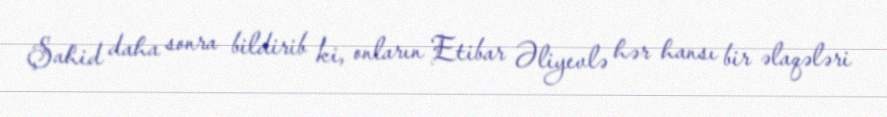
Şahid daha sonra bildirib ki, onların Etibar Əliyevlə hər hansı bir əlaqələri